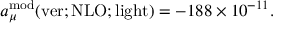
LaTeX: a _ { \mu } ^ { \mathrm { m o d } } ( \mathrm { v e r ; N L O ; l i g h t } ) = - 1 8 8 \times 1 0 ^ { - 1 1 } .